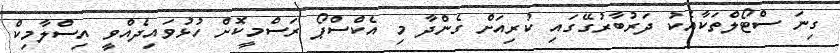
ގިނަ ސްޓޯލްތަކާއެކު ދަރުބާރުގޭގައި ކުރިއަށް ގެންދާ މި އެކްސްޕޯ ރަސްމީކޮށް ހުޅުވައިދެއްވީ އިސްލާމިކް